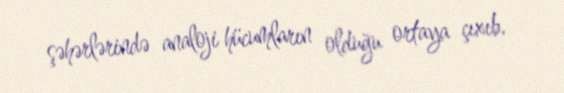
şəhərlərində analoji hücumların olduğu ortaya çıxıb.